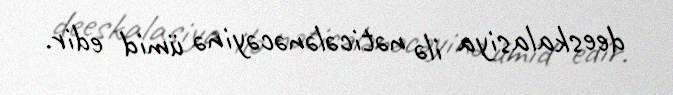
deeskalasiya ilə nəticələnəcəyinə ümid edir.